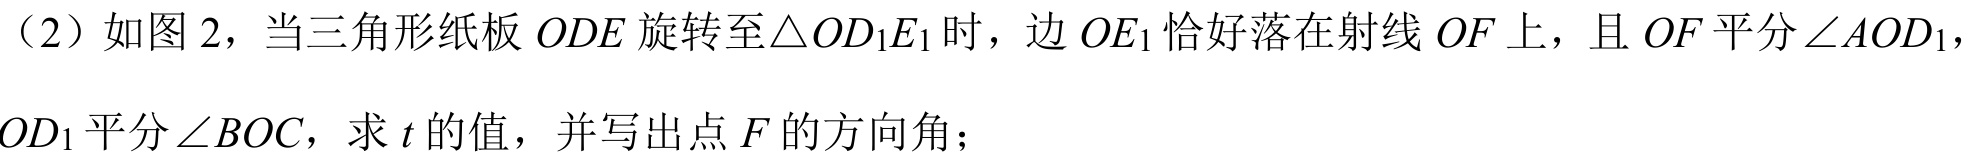
（2）如图2，当三角形纸板\(ODE\)旋转至\(\triangle OD_{1}E_{1}\)时，边\(OE_{1}\)恰好落在射线\(OF\)上，且\(OF\)平分\(\angle AOD_{1}\)，
\(OD_{1}\)平分\(\angle BOC\)，求\(t\)的值，并写出点\(F\)的方向角；